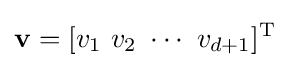
\mathbf {v} =[v_{1}\ v_{2}\ \cdots \ v_{d+1}]^{\textrm {T}}